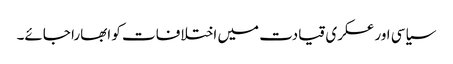
سیاسی اور عسکری قیادت میں اختلافات کو ابھارا جائے۔